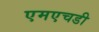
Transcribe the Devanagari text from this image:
एमएचडी